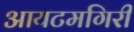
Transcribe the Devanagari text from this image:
आयटमगिरी